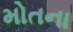
મોતના